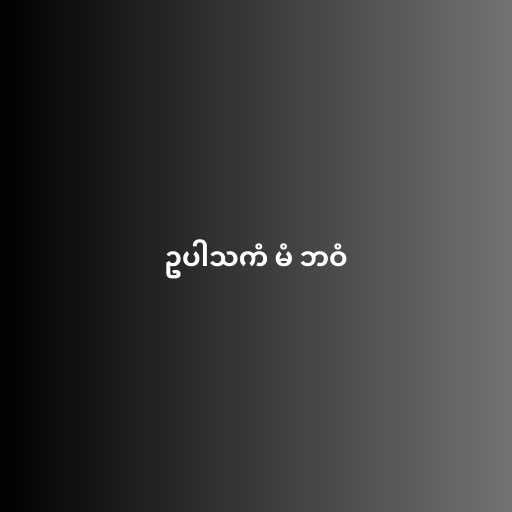
ဥပါသကံ မံ ဘဝံ